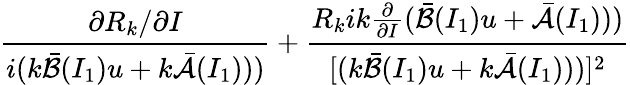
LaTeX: \displaystyle\frac{\partial R_{k}/\partial I}{i(k\bar{\mathcal{B}}(I_{1})u+k\bar{\mathcal{A}}(I_{1})))}+\frac{R_{k}ik\frac{\partial}{\partial I}(\bar{\mathcal{B}}(I_{1})u+\bar{\mathcal{A}}(I_{1})))}{[(k\bar{\mathcal{B}}(I_{1})u+k\bar{\mathcal{A}}(I_{1})))]^{2}}